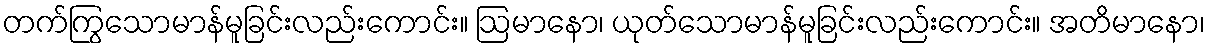
တက်ကြွသောမာန်မူခြင်းလည်းကောင်း။ ဩမာနော၊ ယုတ်သောမာန်မူခြင်းလည်းကောင်း။ အတိမာနော၊